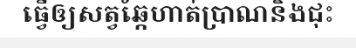
ធ្វើឲ្យសត្វឆ្កែហាត់ប្រាណនិងជុះ